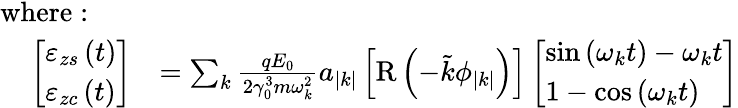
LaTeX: \begin{array}{rl}{\mathrm{where:~}~~~~}&{}\\ {\left[\begin{array}{l}{\varepsilon_{zs}\left(t\right)}\\ {\varepsilon_{zc}\left(t\right)}\end{array}\right]}&{=\sum_{k}\frac{qE_{0}}{2\gamma_{0}^{3}m\omega_{k}^{2}}a_{\left|k\right|}\left[\mathrm{R}\left(-\tilde{k}\phi_{\left|k\right|}\right)\right]\left[\begin{array}{l}{\sin\left(\omega_{k}t\right)-\omega_{k}t}\\ {1-\cos\left(\omega_{k}t\right)}\end{array}\right]}\end{array}